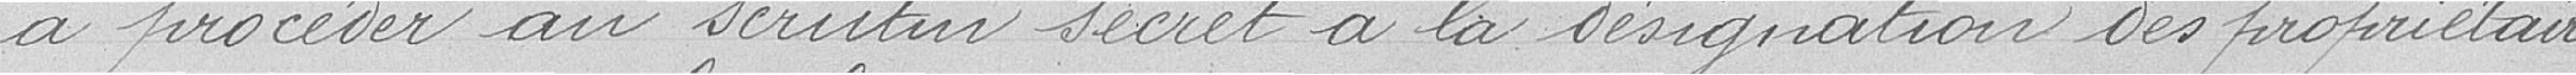
à procéder au scrutin secret à la désignation des propriétaires